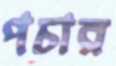
পচার